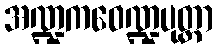
အဏ္ဍကဝေဏ္ဍပုတ္တာ